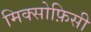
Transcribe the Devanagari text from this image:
मिक्सोफ़िसी